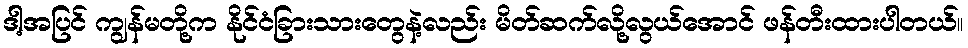
ဒါ့အပြင် ကျွန်မတို့က နိုင်ငံခြားသားတွေနဲ့လည်း မိတ်ဆက်လို့လွယ်အောင် ဖန်တီးထားပါတယ်။